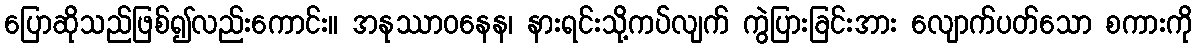
ပြောဆိုသည်ဖြစ်၍လည်းကောင်း။ အနုဿာဝနေန၊ နားရင်းသို့ကပ်လျက် ကွဲပြားခြင်းအား လျောက်ပတ်သော စကားကို